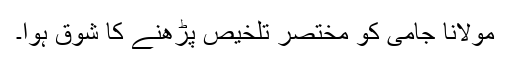
مولانا جامی کو مختصر تلخیص پڑھنے کا شوق ہوا۔